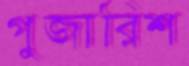
গুজারিশ